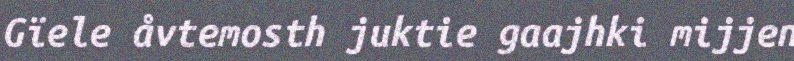
Gïele åvtemosth juktie gaajhki mijjen